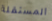
المستقلة